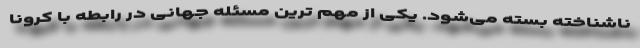
ناشناخته بسته می‌شود. یکی از مهم ترین مسئله جهانی در رابطه با کرونا